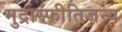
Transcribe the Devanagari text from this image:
मुद्रास्फीतिजन्य